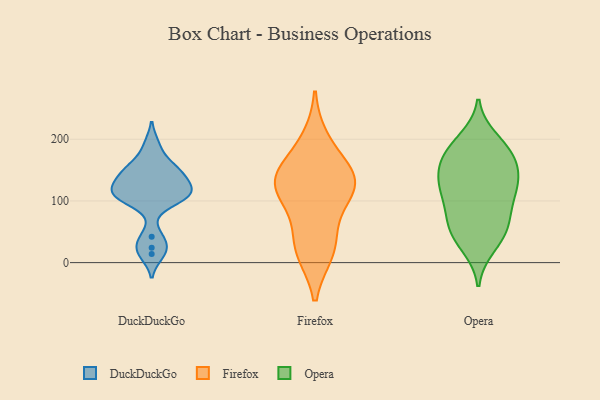
{"axis": {"x": "Backlog", "y": "Value"}, "legend": ["DuckDuckGo", "Firefox", "Opera"], "data": [{"x": "", "y": 190, "type": "DuckDuckGo"}, {"x": "", "y": 128, "type": "DuckDuckGo"}, {"x": "", "y": 24, "type": "DuckDuckGo"}, {"x": "", "y": 42, "type": "DuckDuckGo"}, {"x": "", "y": 146, "type": "DuckDuckGo"}, {"x": "", "y": 115, "type": "DuckDuckGo"}, {"x": "", "y": 105, "type": "DuckDuckGo"}, {"x": "", "y": 14, "type": "DuckDuckGo"}, {"x": "", "y": 134, "type": "DuckDuckGo"}, {"x": "", "y": 107, "type": "DuckDuckGo"}, {"x": "", "y": 111, "type": "DuckDuckGo"}, {"x": "", "y": 106, "type": "DuckDuckGo"}, {"x": "", "y": 151, "type": "DuckDuckGo"}, {"x": "", "y": 157, "type": "DuckDuckGo"}, {"x": "", "y": 144, "type": "Firefox"}, {"x": "", "y": 154, "type": "Firefox"}, {"x": "", "y": 114, "type": "Firefox"}, {"x": "", "y": 19, "type": "Firefox"}, {"x": "", "y": 198, "type": "Firefox"}, {"x": "", "y": 121, "type": "Firefox"}, {"x": "", "y": 50, "type": "Firefox"}, {"x": "", "y": 18, "type": "Firefox"}, {"x": "", "y": 119, "type": "Firefox"}, {"x": "", "y": 129, "type": "Firefox"}, {"x": "", "y": 174, "type": "Opera"}, {"x": "", "y": 114, "type": "Opera"}, {"x": "", "y": 172, "type": "Opera"}, {"x": "", "y": 155, "type": "Opera"}, {"x": "", "y": 191, "type": "Opera"}, {"x": "", "y": 178, "type": "Opera"}, {"x": "", "y": 143, "type": "Opera"}, {"x": "", "y": 48, "type": "Opera"}, {"x": "", "y": 139, "type": "Opera"}, {"x": "", "y": 114, "type": "Opera"}, {"x": "", "y": 67, "type": "Opera"}, {"x": "", "y": 200, "type": "Opera"}, {"x": "", "y": 115, "type": "Opera"}, {"x": "", "y": 97, "type": "Opera"}, {"x": "", "y": 133, "type": "Opera"}, {"x": "", "y": 36, "type": "Opera"}, {"x": "", "y": 26, "type": "Opera"}, {"x": "", "y": 66, "type": "Opera"}, {"x": "", "y": 64, "type": "Opera"}]}